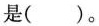
是( )。